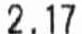
2.17